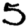
Digit: 5